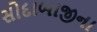
સોદાબાજીના